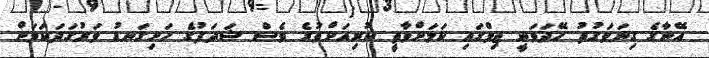
އޭނާގެ ގިނަވަގުތު ހޭދަވަނީ ޖިމްގައި ކަމަށްވާތީ ކުރިއަށްވުރެ ވެސް ޝަދަފުގެ ހަށިގަނޑު ވަރުގަދަކަމަށް